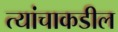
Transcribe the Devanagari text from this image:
त्यांचाकडील